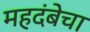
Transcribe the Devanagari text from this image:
महदंबेचा